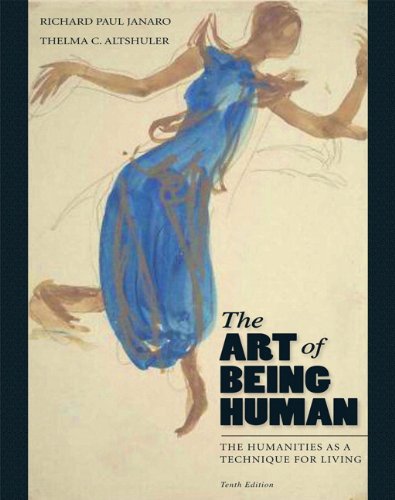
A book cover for The Art of Being Human: The Humanities as a Technique for Living (10th Edition); Richard Janaro; Literature & Fiction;